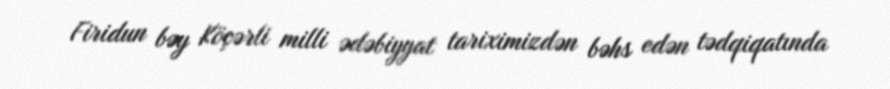
Firidun bəy Köçərli milli ədəbiyyat tariximizdən bəhs edən tədqiqatında